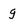
Character: g